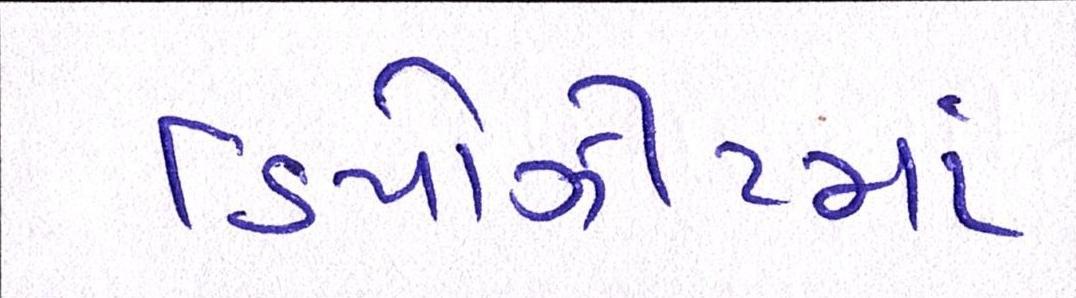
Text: ડિપોઝીટમાં